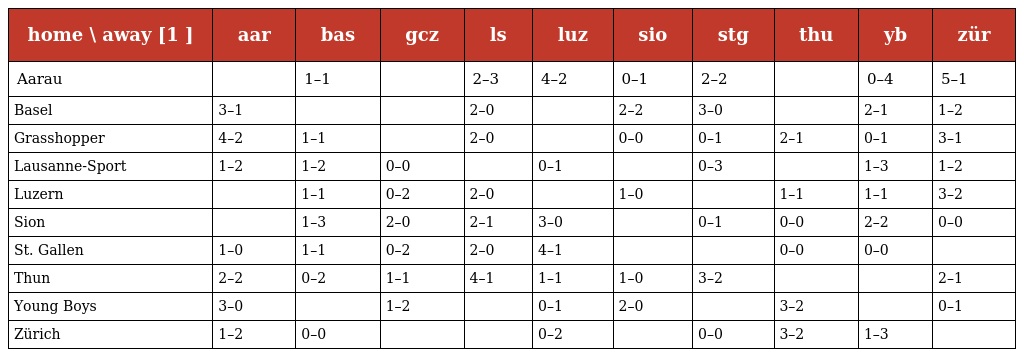
| home \ away [1 ] | aar | bas | gcz | ls | luz | sio | stg | thu | yb | zür |
 | --- | --- | --- | --- | --- | --- | --- | --- | --- | --- | --- |
 | Aarau |  | 1–1 |  | 2–3 | 4–2 | 0–1 | 2–2 |  | 0–4 | 5–1 |
 | Basel | 3–1 |  |  | 2–0 |  | 2–2 | 3–0 |  | 2–1 | 1–2 |
 | Grasshopper | 4–2 | 1–1 |  | 2–0 |  | 0–0 | 0–1 | 2–1 | 0–1 | 3–1 |
 | Lausanne-Sport | 1–2 | 1–2 | 0–0 |  | 0–1 |  | 0–3 |  | 1–3 | 1–2 |
 | Luzern |  | 1–1 | 0–2 | 2–0 |  | 1–0 |  | 1–1 | 1–1 | 3–2 |
 | Sion |  | 1–3 | 2–0 | 2–1 | 3–0 |  | 0–1 | 0–0 | 2–2 | 0–0 |
 | St. Gallen | 1–0 | 1–1 | 0–2 | 2–0 | 4–1 |  |  | 0–0 | 0–0 |  |
 | Thun | 2–2 | 0–2 | 1–1 | 4–1 | 1–1 | 1–0 | 3–2 |  |  | 2–1 |
 | Young Boys | 3–0 |  | 1–2 |  | 0–1 | 2–0 |  | 3–2 |  | 0–1 |
 | Zürich | 1–2 | 0–0 |  |  | 0–2 |  | 0–0 | 3–2 | 1–3 |  |